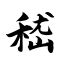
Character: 嵇